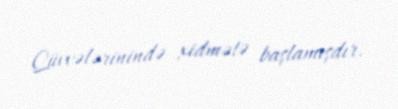
Qüvvələrinində xidmətə başlamışdır.